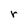
Character: r